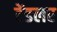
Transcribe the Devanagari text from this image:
टेंडलर